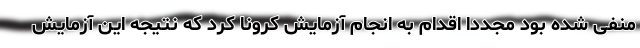
منفی شده بود مجددا اقدام به انجام آزمایش کرونا کرد که نتیجه این آزمایش